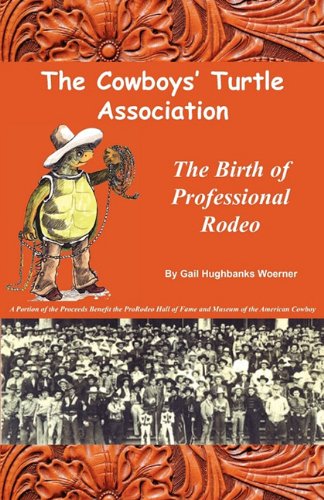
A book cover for The Cowboys' Turtle Association: The Birth of Professional Rodeo; Gail Hughbanks Woerner; Sports & Outdoors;